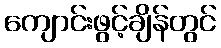
ကျောင်းဖွင့်ချိန်တွင်